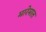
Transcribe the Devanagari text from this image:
मारेमात